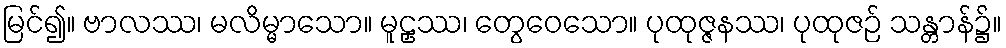
မြင်၍။ ဗာလဿ၊ မလိမ္မာသော။ မူဠှဿ၊ တွေဝေသော။ ပုထုဇ္ဇနဿ၊ ပုထုဇဉ် သန္တာန်၌။